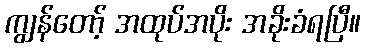
ကျွန်တော့် အထုပ်အပိုး အခိုးခံရပြီ။